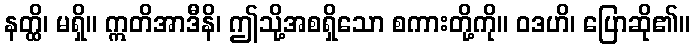
နတ္ထိ၊ မရှိ။ ဣတိအာဒီနိ၊ ဤသို့အစရှိသော စကားတို့ကို။ ဝဒဟိ၊ ပြောဆို၏။